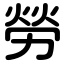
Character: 勞